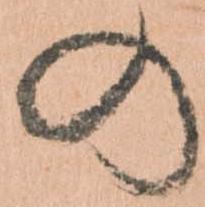
の